Reports on dispensaries and lunatic asylums in the Province of Oudh - 1869-1876
Year: 1869
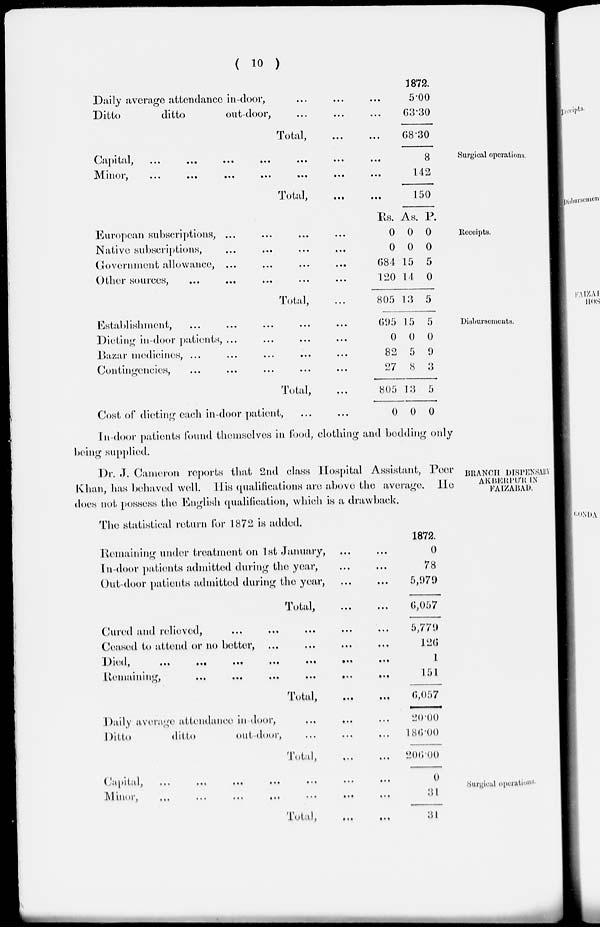
( 10 )
Surgical operations.
Daily average attendance in-door, ... ... ...
Ditto
ditto
out-door, ... ... ...
Total,
...
...
Capital,
...
...
...
...
...
...
...
Minor,
...
...
...
...
...
...
...
Total,
...
...
1872.
5.00
63.30
68.30
8
142
150
Receipts.
European subscriptions, ... ... ... ...
Native subscriptions, ... ... ... ...
Government allowance, ... ... ... ...
Other sources, ... ... ... ... ...
Total, ...
Rs.
0
0
684
120
805
As.
0
0
15
14
13
P.
0
0
5
0
5
Disbursements.
Establishment, ... ... ... ... ...
Dieting in-door patients, ... ... ... ...
Bazar medicines, ... ... ... ... ...
Contingencies, ... ... ... ... ...
Total, ...
Cost of dieting each in-door patient, ... ...
695
0
82
27
805
0
15
0
5
8
13
0
5
0
9
3
5
0
BRANCH DISPENSARY
AKBERPUR
IN
FAIZABAD.
In-door patients found themselves in food, clothing and bedding only
being supplied.
Dr. J. Cameron reports that 2nd class Hospital Assistant, Peer
Khan, has behaved well. His qualifications are above the average. He
does not possess the English qualification, which is a drawback.
The statistical return for 1872 is added.
Remaining under treatment on 1st January, ... ...
In-door patients admitted during the year, ... ...
Out-door patients admitted during the year, ... ...
Total,
...
...
Cured and relieved, ... ... ... ...
Ceased to attend or no better, ... ... ... ...
Died,
...
...
...
...
...
...
...
Remaining,
...
...
...
...
...
...
Total,
...
...
Daily average attendance in door, ... ... ...
Ditto
ditto
out-door, ... ... ...
Total, ... ...
1872.
0
78
5,979
6,057
5,779
126
1
151
6,057
20.00
186.00
206.00
Surgical operations.
Capital,
...
...
...
...
...
...
...
Minor, ... ... ... ... ... ... ...
Total,
...
...
0
31
31